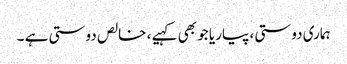
ہماری دوستی ، پیاریا جو بھی کہیے ، خالص دوستی ہے ۔